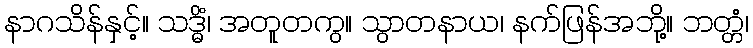
နာဂသိန်နှင့်။ သဒ္ဓိံ၊ အတူတကွ။ သွာတနာယ၊ နက်ဖြန်အဘို့။ ဘတ္တံ၊